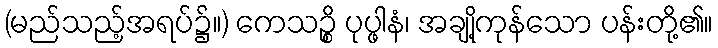
(မည်သည့်အရပ်၌။) ကေသဉ္စိ ပုပ္ဖါနံ၊ အချို့ကုန်သော ပန်းတို့၏။